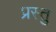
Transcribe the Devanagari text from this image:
प्रस्तु